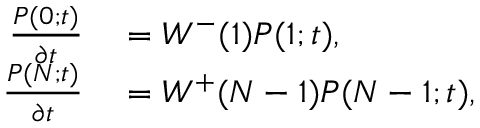
\begin{array} { r l } { \frac { P ( 0 ; t ) } { \partial t } } & { { } = W ^ { - } ( 1 ) P ( 1 ; t ) , } \\ { \frac { P ( N ; t ) } { \partial t } } & { { } = W ^ { + } ( N - 1 ) P ( N - 1 ; t ) , } \end{array}